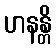
ဟနန္တိ